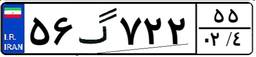
۶۸گ۴۲۱۵۱